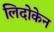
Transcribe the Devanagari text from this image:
लिदोकेन